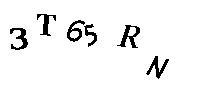
3T65RN